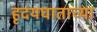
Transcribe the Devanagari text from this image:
हृदयघाताच्या